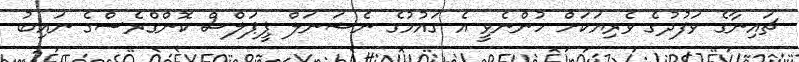
ޗައިނާގެ ވަފުދުގެ ވެރިޔަކަށް ހުންނެވީ އެ ގައުމުގެ ނެޝަނަލް ޕީޕަލްސް ކޮންގްރެސްގެ ނައިބު